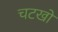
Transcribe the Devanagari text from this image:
चटखों